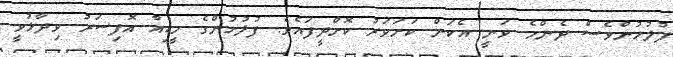
ފުލުހުންވެސް ދެންމެ ވަނީ އެކަން ކަށަވަރު ކޮށްދީފައެވެ. ފުލުހުންގެ މީޑިއާ އޮފިސަރު ވިދާޅުވީ